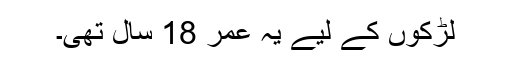
لڑکوں کے لیے یہ عمر 18 سال تھی۔